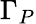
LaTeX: \Gamma_{P}